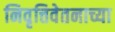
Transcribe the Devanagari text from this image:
निवृत्तिवेतनाच्या